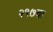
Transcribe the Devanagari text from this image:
२९७वा